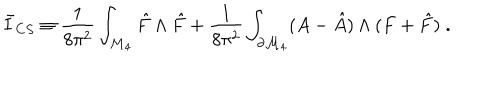
\bar { I } _ { C S } \equiv \frac { 1 } { 8 \pi ^ { 2 } } \int _ { { \cal M } _ { 4 } } \hat { F } \wedge \hat { F } + \frac { 1 } { 8 \pi ^ { 2 } } \int _ { \partial { \cal M } _ { 4 } } ( A - \hat { A } ) \wedge ( F + \hat { F } ) \; .